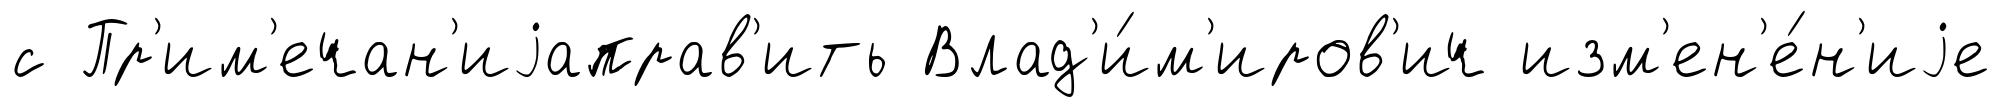
с Пр'им'ечан'иjаправ'ить Влад'и́м'иров'ич изм'ен'е́н'иjе